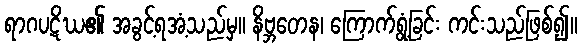
ရာဂပဋိဃ၏ အခွင့်ရအံ့သည်မှ။ နိဗ္ဘတေန၊ ကြောက်ရွံ့ခြင်း ကင်းသည်ဖြစ်၍။